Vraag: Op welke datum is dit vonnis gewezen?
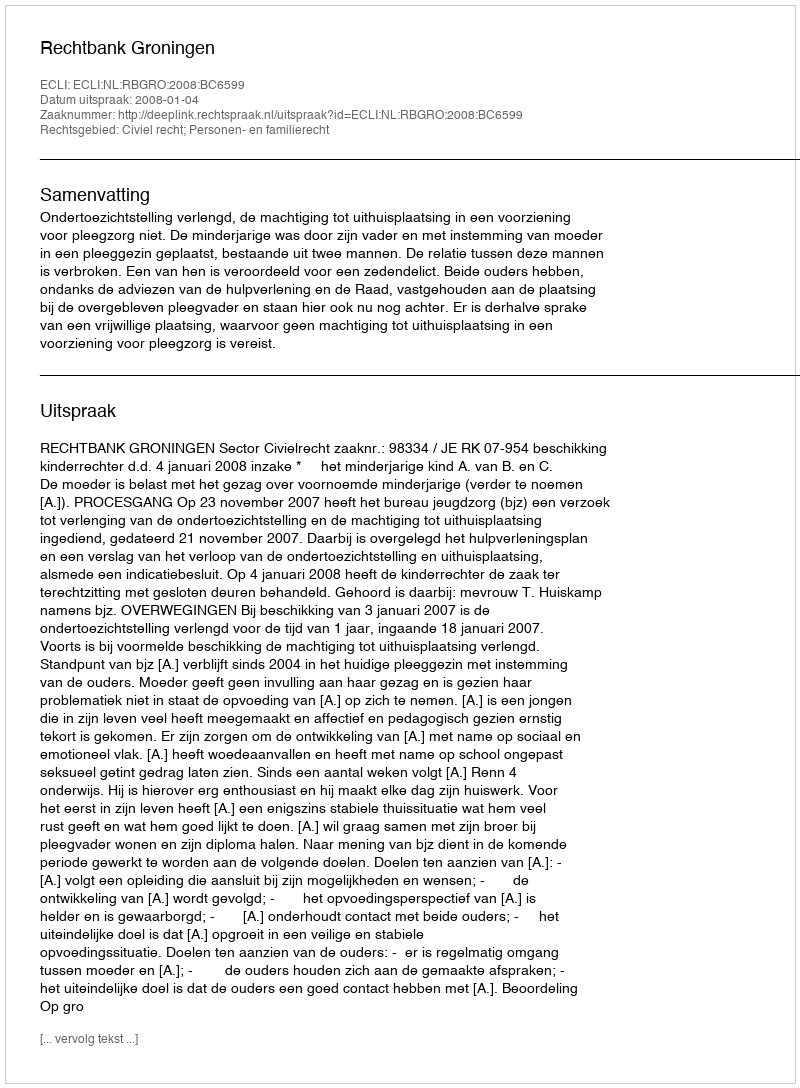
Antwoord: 2008-01-04